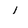
Character: l